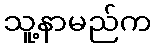
သူ့နာမည်က